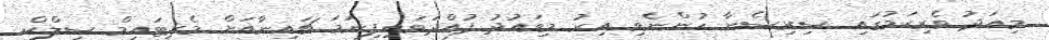
މިއަދު ވެރިކަމުގައި ސިރިސެނާ ހުންނެވި އިރު މިވައުދު ފުއްދަވައިފިނަމަ ޗައިނާއަށް މެރިޓައިމް ސިލްކް